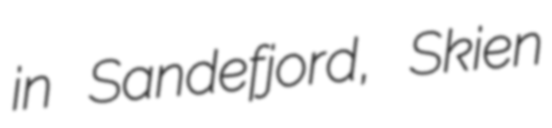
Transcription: in Sandefjord, Skien